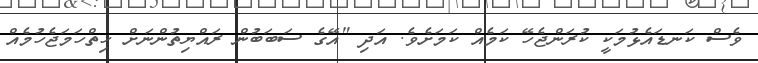
ވެސް ކަނޑައެޅުމަކީ ކުރަންޖެހޭ ކަމެއް ކަމަށެވެ. އަދި "އޭގެ ސަބަބުން ރައްޔިތުންނަށް ހިތްހަމަޖެހުމެއް